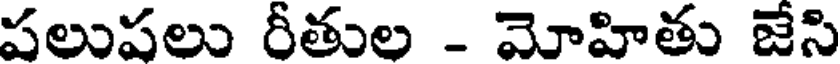
పలుపలు రీతుల - మోహితు జేసి